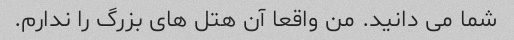
شما می دانید. من واقعا آن هتل های بزرگ را ندارم.